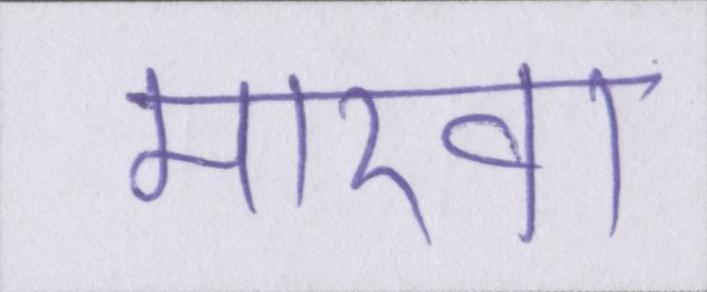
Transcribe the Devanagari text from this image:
मारवा